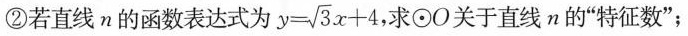
②若直线n的函数表达式为 $$y= \sqrt{3}x+4$$ 求⊙O关于直线n的”特征数”；